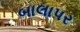
બાલાપર